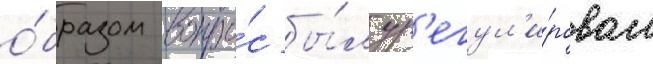
о́бразом вопро́с бы́л ур'егул'и́рован